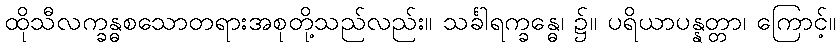
ထိုသီလက္ခန္ဓစသောတရားအစုတို့သည်လည်း။ သင်္ခါရက္ခန္ဓေ၊ ၌။ ပရိယာပန္နတ္တာ၊ ကြောင့်။